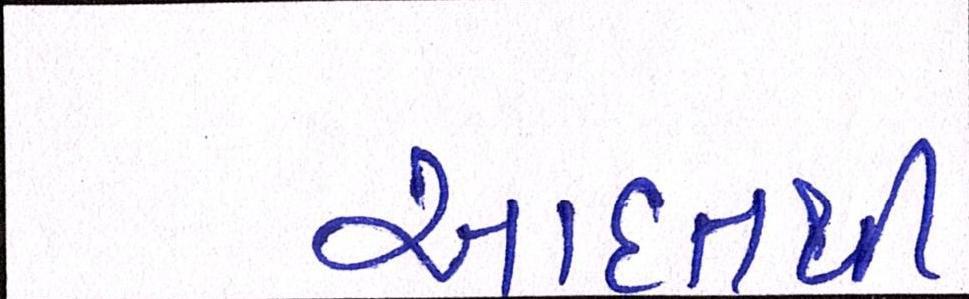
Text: આદતથી